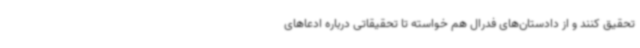
تحقیق کنند و از دادستان‌های فدرال هم خواسته تا تحقیقاتی درباره ادعاهای